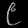
Digit: ၉